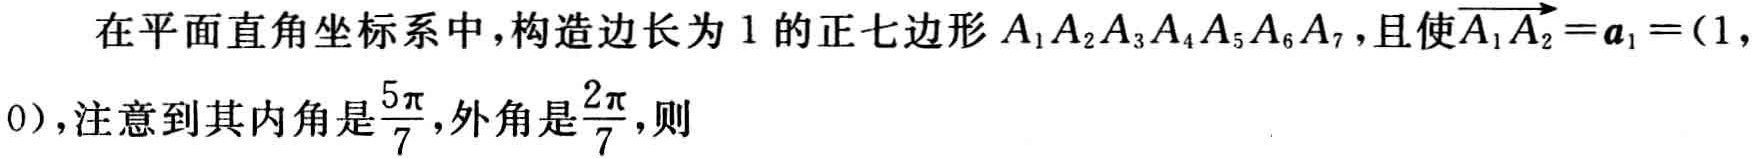
在平面直角坐标系中，构造边长为 \(1\) 的正七边形 \(A_{1}A_{2}A_{3}A_{4}A_{5}A_{6}A_{7}\)，且使\(\overrightarrow{A_{1}A_{2}}=\boldsymbol{a}_{1}=(1,0)\)，注意到其内角是\(\frac{5\pi}{7}\)，外角是\(\frac{2\pi}{7}\)，则